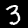
Digit: 3